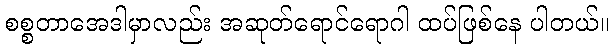
စစ္စတာအေဒါမှာလည်း အဆုတ်ရောင်ရောဂါ ထပ်ဖြစ်နေ ပါတယ်။